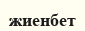
жиенбет